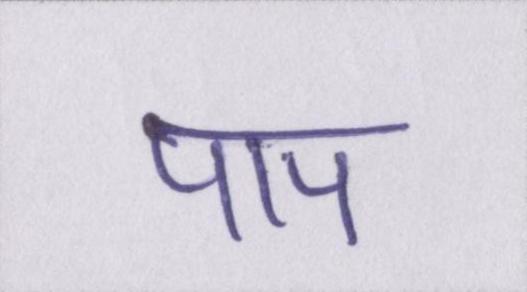
पाप